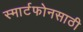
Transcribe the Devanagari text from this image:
स्मार्टफोनसाठी